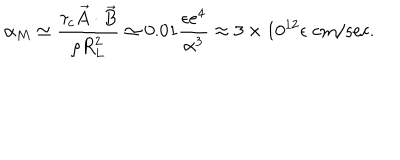
\alpha _ { M } \simeq \frac { \tau _ { c } \vec { A } \cdot \vec { B } } { \rho R _ { L } ^ { 2 } } \simeq 0 . 0 1 \frac { \epsilon e ^ { 4 } } { \alpha ^ { 3 } } \approx 3 \times 1 0 ^ { 1 2 } \epsilon \; \mathrm { c m / s e c } .